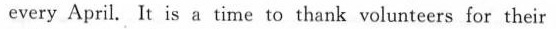
every cveay April. It is a time to thank volunteers for their